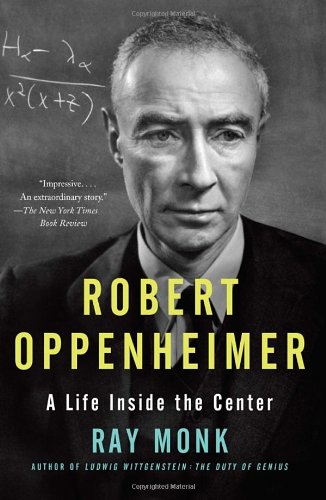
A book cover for Robert Oppenheimer: A Life Inside the Center; Ray Monk; History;